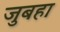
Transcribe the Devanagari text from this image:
जुबहा